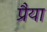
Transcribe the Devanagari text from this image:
प्रैया